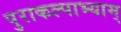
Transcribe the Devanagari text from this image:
पुराकल्पाभ्याम्